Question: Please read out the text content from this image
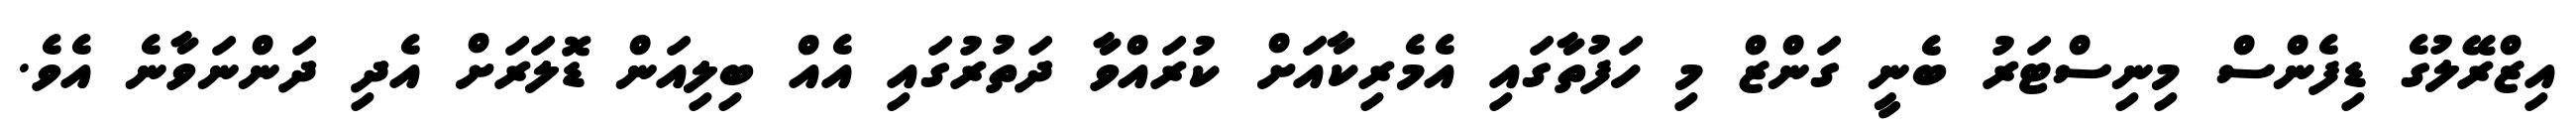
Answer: އިޒްރޭލުގެ ޑިފެންސް މިނިސްޓަރު ބެނީ ގަންޒް މި ހަފުތާގައި އެމެރިކާއަށް ކުރައްވާ ދަތުރުގައި އެއް ބިލިއަން ޑޮލަރަށް އެދި ދަންނަވާނެ އެވެ.